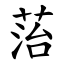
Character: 菭